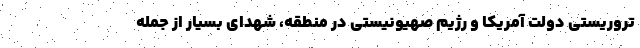
تروریستی دولت آمریکا و رژیم صهیونیستی در منطقه، شهدای بسیار از جمله